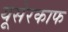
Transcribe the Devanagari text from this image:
यूसेरकाफ